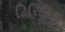
ટિરિડિન